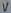
Text: V